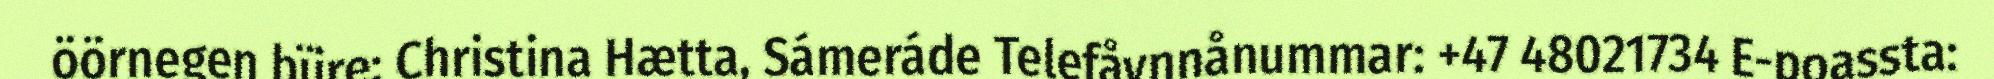
öörnegen bïjre: Christina Hætta, Sámeráde Telefåvnnånummar: +47 48021734 E-poassta: